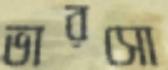
ভারসো